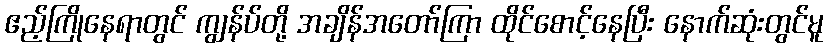
ဧည့်ကြိုနေရာတွင် ကျွန်ပ်တို့ အချိန်အတော်ကြာ ထိုင်စောင့်နေပြီး နောက်ဆုံးတွင်မူ